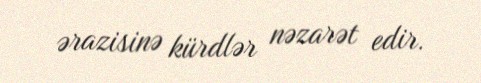
ərazisinə kürdlər nəzarət edir.